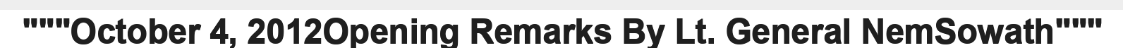
"""October 4, 2012Opening Remarks By Lt. General NemSowath"""